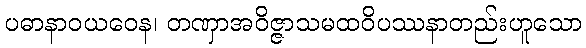
ပဓာနာဝယဝေန၊ တဏှာအဝိဇ္ဇာသမထဝိပဿနာတည်းဟူသော